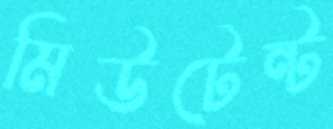
মিউটেন্ট